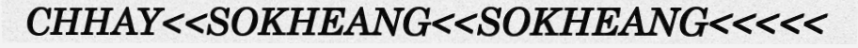
CHHAY<<SOKHEANG<<SOKHEANG<<<<<